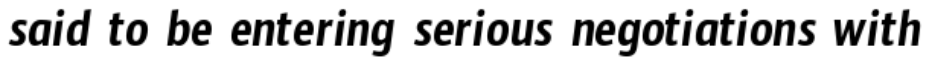
said to be entering serious negotiations with